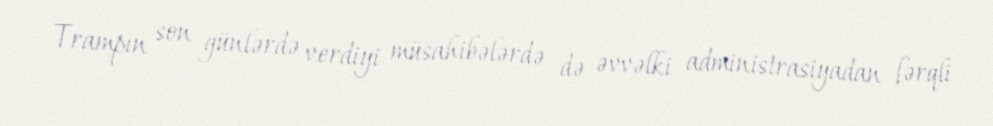
Trampın son günlərdə verdiyi müsahibələrdə də əvvəlki administrasiyadan fərqli